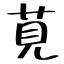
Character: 莧